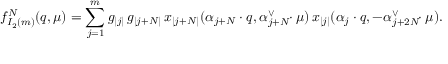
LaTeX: f _ { I _ { 2 } ( m ) } ^ { N } ( q , \mu ) = \sum _ { j = 1 } ^ { m } g _ { | j | } \, g _ { | j + N | } \, x _ { | j + N | } ( \alpha _ { j + N } \cdot q , \alpha _ { j + N } ^ { \vee } \! \! \cdot \mu ) \, x _ { | j | } ( \alpha _ { j } \cdot q , - \alpha _ { j + 2 N } ^ { \vee } \! \! \cdot \mu ) .